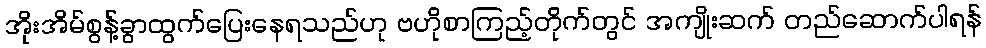
အိုးအိမ်စွန့်ခွာထွက်ပြေးနေရသည်ဟု ဗဟိုစာကြည့်တိုက်တွင် အကျိုးဆက် တည်ဆောက်ပါရန်